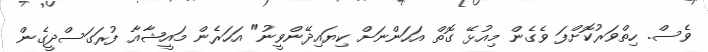
ވެސް. ހިތްވަރުކޮށްފަ ވެގެން މިއުޅޭ ގޮތް އަހަންނަށް ކިޔައިދޭންވީނު" އަހަރެން މައީޝާއާ ފުރަގަސްދީގެން